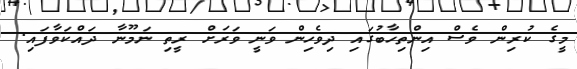
މީގެ ކުރިން ވެސް އިންތިހާބުގައި ދިވެހިން ވަނީ ވަރަށް ރީތި ނަމޫނާ ދައްކަވާފައި.